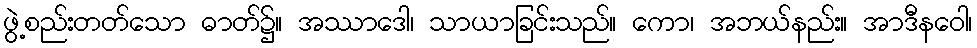
ဖွဲ့စည်းတတ်သော ဓာတ်၌။ အဿာဒေါ၊ သာယာခြင်းသည်။ ကော၊ အဘယ်နည်း။ အာဒီနဝေါ၊